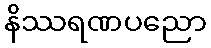
နိဿရဏပညော